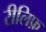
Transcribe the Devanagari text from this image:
रीलिफ़